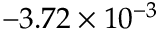
- 3 . 7 2 \times 1 0 ^ { - 3 }